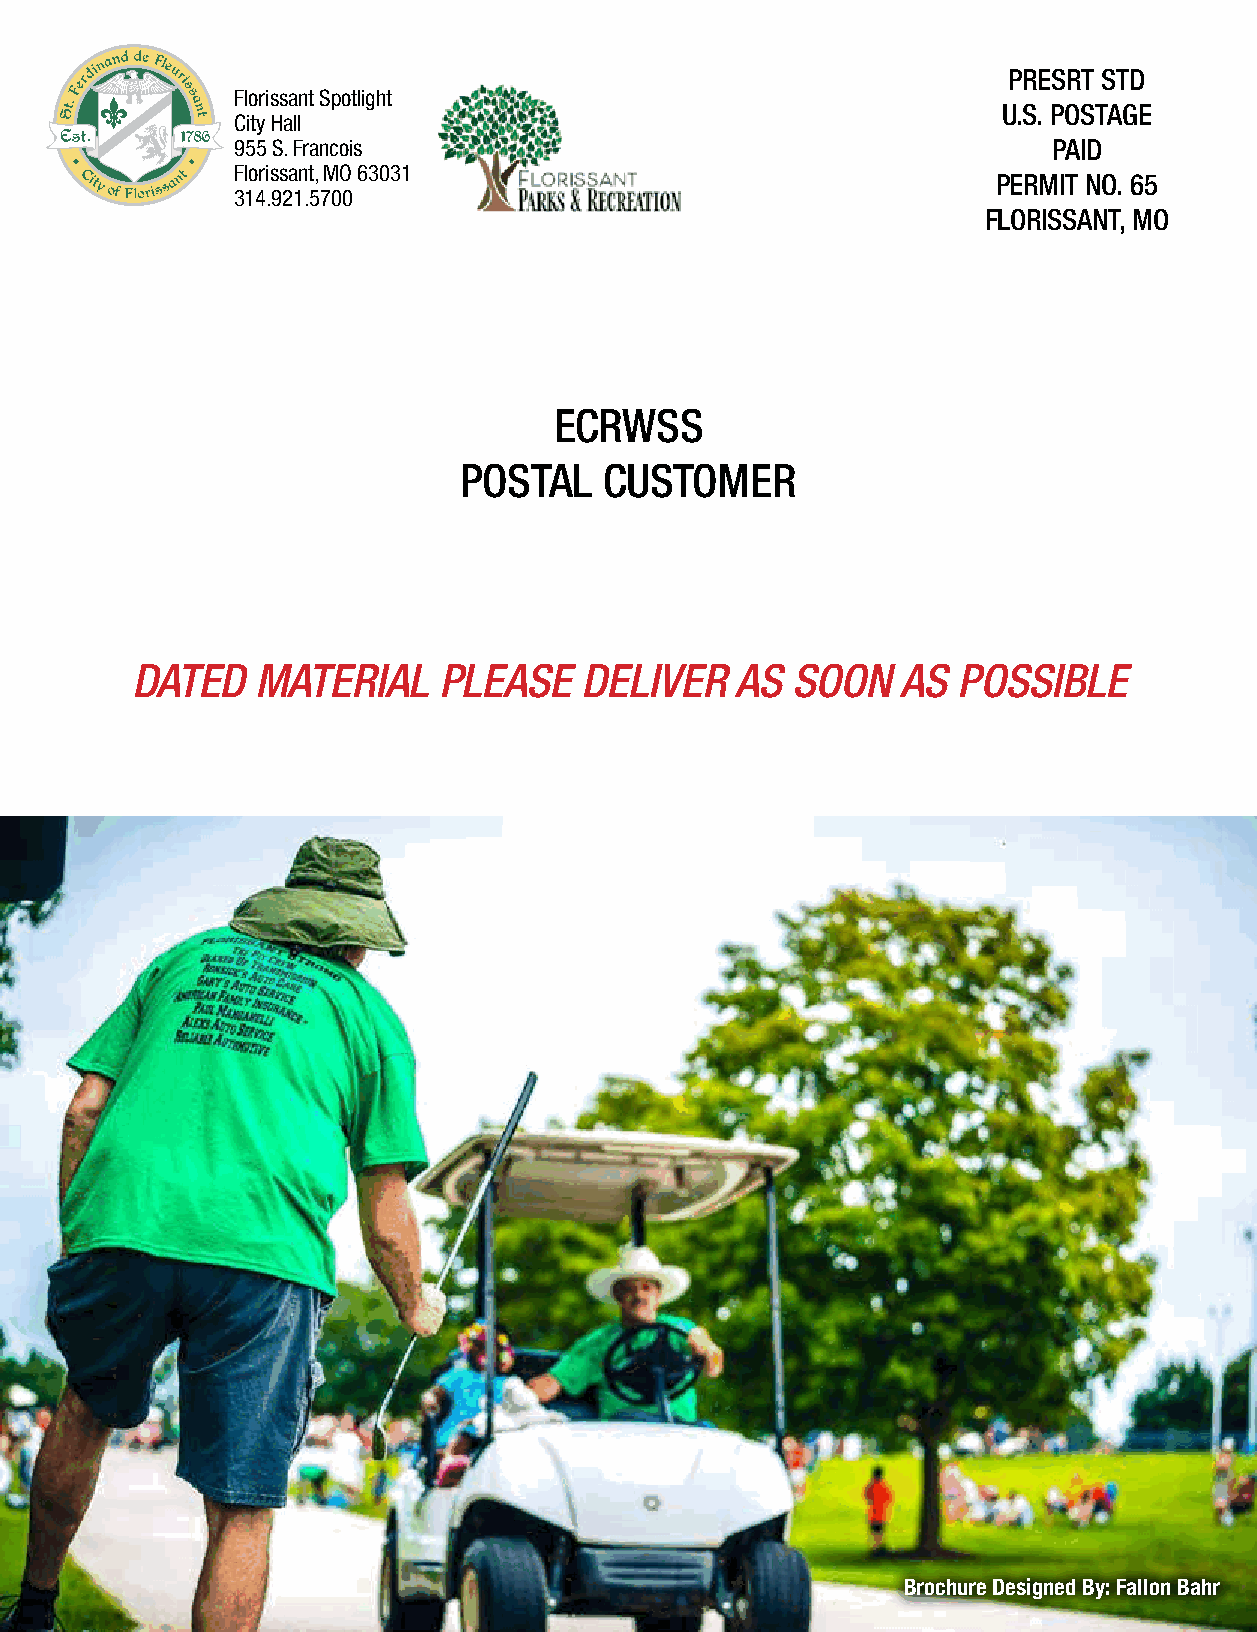
PRESRT STD
 Florissant Spotlight
 U.S. POSTAGE
 City Hall
 955 S. Francois                                       PAID
 Florissant, MO 63031
 PERMIT NO. 65
 314.921.5700
 FLORISSANT, MO
 ECRWSS
 POSTAL    CUSTOMER
 DATED   MATERIAL    PLEASE    DELIVER   AS SOON    AS POSSIBLE
 Brochure Designed By: Fallon Bahr
 23 Florissant Spotlight Winter 2021-2022